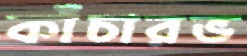
কাঁচারভ